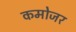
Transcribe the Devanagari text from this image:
कमोजर